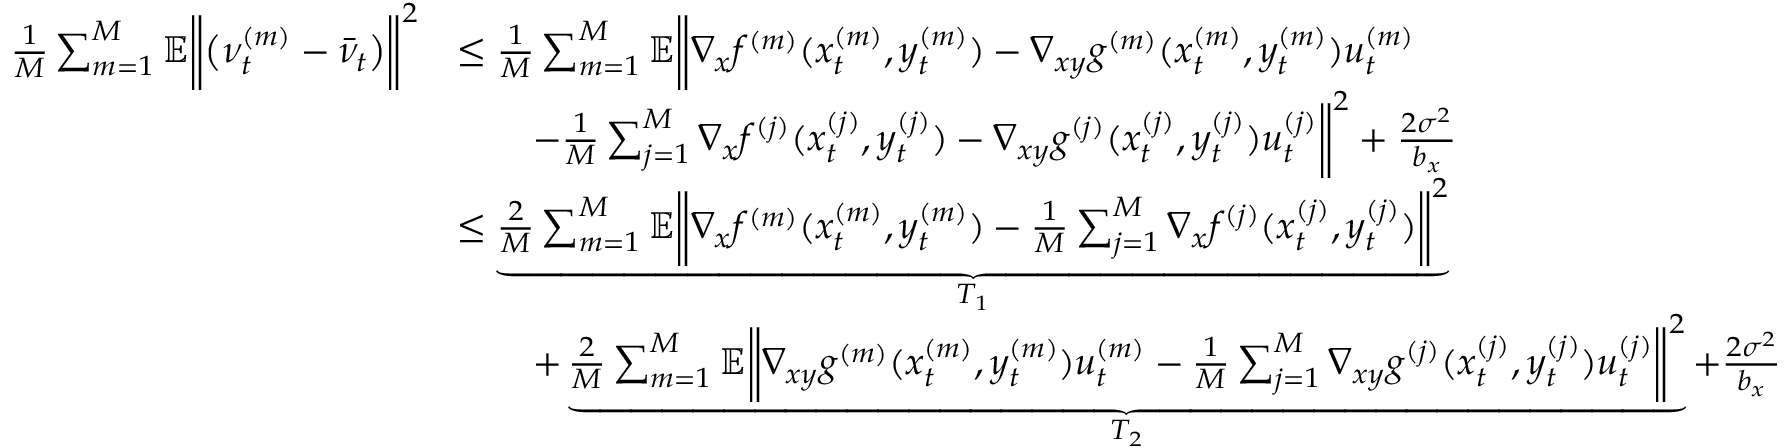
\begin{array} { r l } { \frac { 1 } { M } \sum _ { m = 1 } ^ { M } \mathbb { E } \bigg \| \big ( \nu _ { t } ^ { ( m ) } - \bar { \nu } _ { t } \big ) \bigg \| ^ { 2 } } & { \leq \frac { 1 } { M } \sum _ { m = 1 } ^ { M } \mathbb { E } \bigg \| \nabla _ { x } f ^ { ( m ) } ( x _ { t } ^ { ( m ) } , y _ { t } ^ { ( m ) } ) - \nabla _ { x y } g ^ { ( m ) } ( x _ { t } ^ { ( m ) } , y _ { t } ^ { ( m ) } ) u _ { t } ^ { ( m ) } } \\ & { \qquad - \frac { 1 } { M } \sum _ { j = 1 } ^ { M } \nabla _ { x } f ^ { ( j ) } ( x _ { t } ^ { ( j ) } , y _ { t } ^ { ( j ) } ) - \nabla _ { x y } g ^ { ( j ) } ( x _ { t } ^ { ( j ) } , y _ { t } ^ { ( j ) } ) u _ { t } ^ { ( j ) } \bigg \| ^ { 2 } + \frac { 2 \sigma ^ { 2 } } { b _ { x } } } \\ & { \leq \underbrace { \frac { 2 } { M } \sum _ { m = 1 } ^ { M } \mathbb { E } \bigg \| \nabla _ { x } f ^ { ( m ) } ( x _ { t } ^ { ( m ) } , y _ { t } ^ { ( m ) } ) - \frac { 1 } { M } \sum _ { j = 1 } ^ { M } \nabla _ { x } f ^ { ( j ) } ( x _ { t } ^ { ( j ) } , y _ { t } ^ { ( j ) } ) \bigg \| ^ { 2 } } _ { T _ { 1 } } } \\ & { \qquad + \underbrace { \frac { 2 } { M } \sum _ { m = 1 } ^ { M } \mathbb { E } \bigg \| \nabla _ { x y } g ^ { ( m ) } ( x _ { t } ^ { ( m ) } , y _ { t } ^ { ( m ) } ) u _ { t } ^ { ( m ) } - \frac { 1 } { M } \sum _ { j = 1 } ^ { M } \nabla _ { x y } g ^ { ( j ) } ( x _ { t } ^ { ( j ) } , y _ { t } ^ { ( j ) } ) u _ { t } ^ { ( j ) } \bigg \| ^ { 2 } } _ { T _ { 2 } } + \frac { 2 \sigma ^ { 2 } } { b _ { x } } } \end{array}